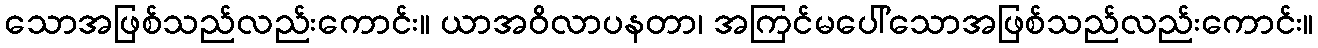
သောအဖြစ်သည်လည်းကောင်း။ ယာအဝိလာပနတာ၊ အကြင်မပေါ်သောအဖြစ်သည်လည်းကောင်း။